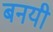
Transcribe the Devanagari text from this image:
बनयी